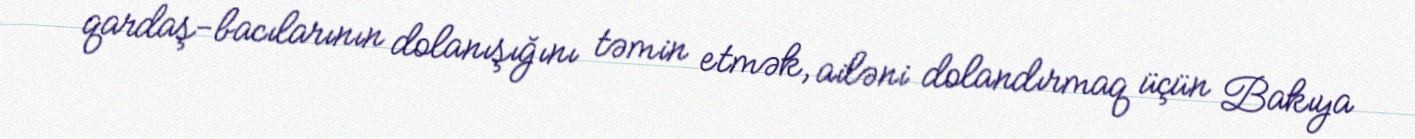
qardaş-bacılarının dolanışığını təmin etmək, ailəni dolandırmaq üçün Bakıya